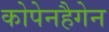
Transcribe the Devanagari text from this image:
कोपेनहैगेन